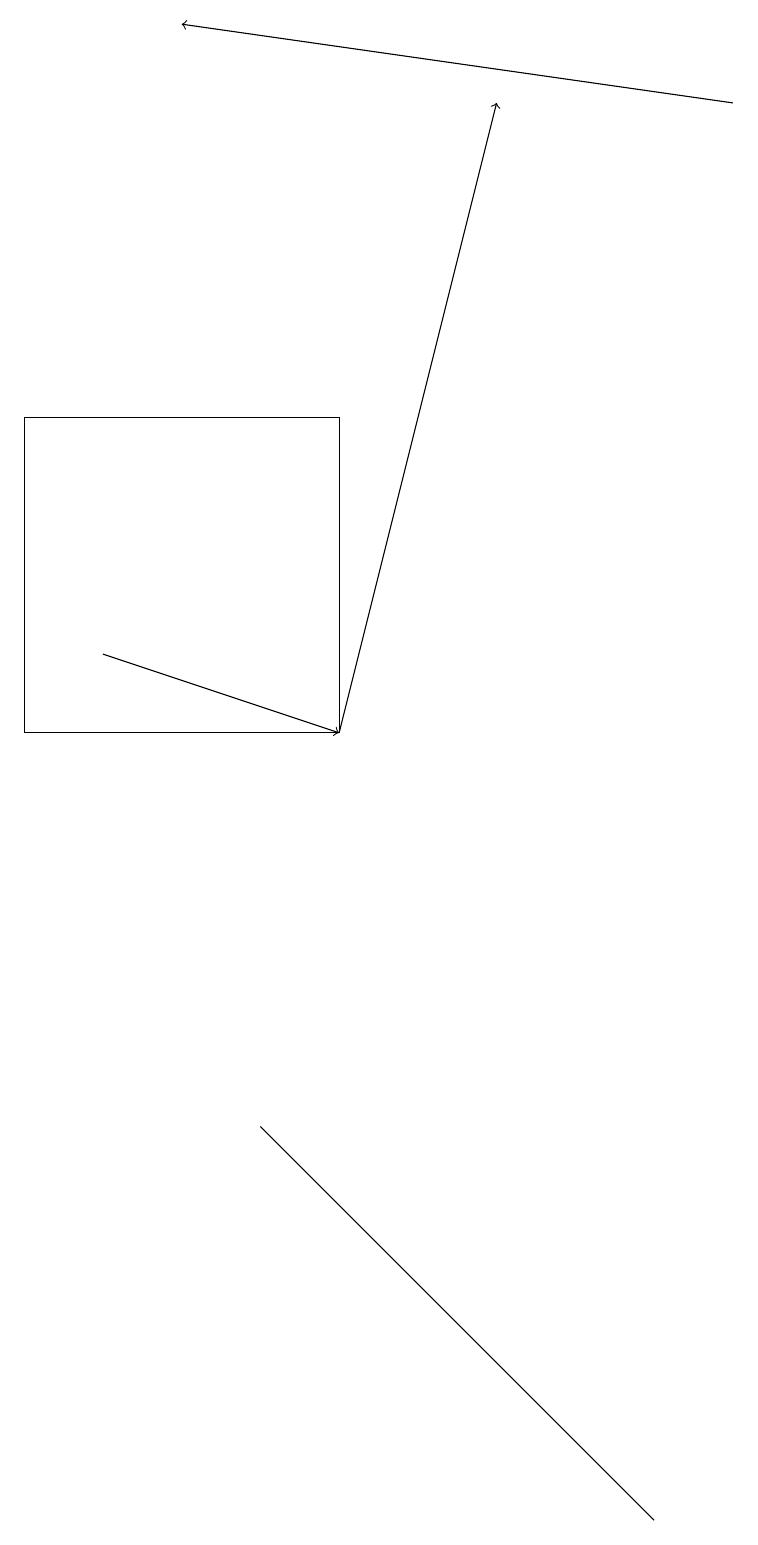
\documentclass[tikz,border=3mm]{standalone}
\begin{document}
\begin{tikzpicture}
\draw[->] (9,18) -- (2,19);
\draw (0,14) rectangle (4,10);
\draw[->] (4,10) -- (6,18);
\draw (8,0) -- (8,0) -- (3,5) -- cycle;
\draw[->] (1,11) -- (4,10);
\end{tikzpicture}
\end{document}